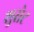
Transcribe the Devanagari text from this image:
शुसेट